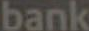
bank